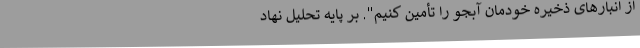
از انبارهای ذخیره خودمان آبجو را تأمین کنیم". بر پایه تحلیل نهاد